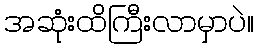
အဆုံးထိကြီးလာမှာပဲ။